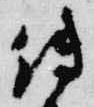
伝